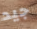
جيد